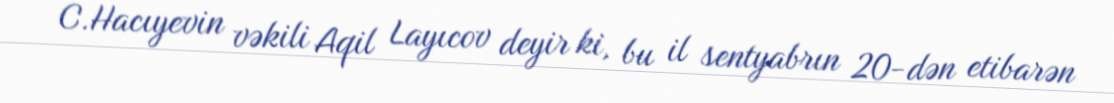
C.Hacıyevin vəkili Aqil Layıcov deyir ki, bu il sentyabrın 20-dən etibarən